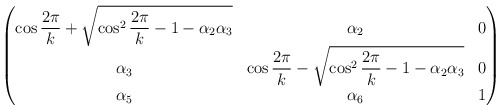
\begin{align*} \begin{pmatrix}\displaystyle\cos\frac{2\pi}{k} + \sqrt{\cos^2\frac{2\pi}{k} - 1- \alpha_{2} \alpha_{3}}&\alpha_2&0\\\alpha_3&\displaystyle\cos\frac{2\pi}{k} - \sqrt{\cos^2\frac{2\pi}{k} - 1- \alpha_{2} \alpha_{3}}&0\\\alpha_5&\alpha_6&1\end{pmatrix}\end{align*}